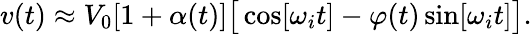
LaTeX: v(t)\approx V_{0}[1+\alpha(t)]\big[\cos[\omega_{i}t]-\varphi(t)\sin[\omega_{i}t]\big].